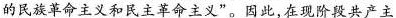
的民族革命主义和民主革命主义”。因此，在现阶段共产主